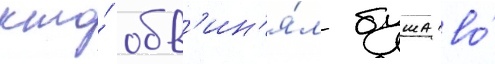
кто́ обв'ин'я́л буша во́